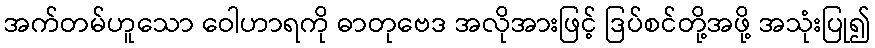
အက်တမ်ဟူသော ဝေါဟာရကို ဓာတုဗေဒ အလိုအားဖြင့် ဒြပ်စင်တို့အဖို့ အသုံးပြု၍